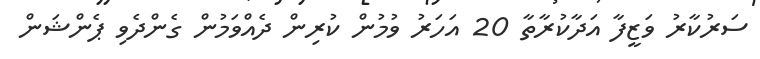
ސަރުކާރު ވަޒީފާ އަދާކުރާތާ 20 އަހަރު ވުމުން ކުރިން ދެއްވަމުން ގެންދެވި ޕެންޝަން